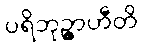
ပရိဘုဉ္ဇာဟီတိ